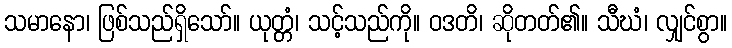
သမာနော၊ ဖြစ်သည်ရှိသော်။ ယုတ္တံ၊ သင့်သည်ကို။ ဝဒတိ၊ ဆိုတတ်၏။ သီဃံ၊ လျှင်စွာ။